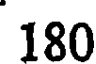
180